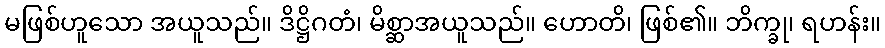
မဖြစ်ဟူသော အယူသည်။ ဒိဋ္ဌိဂတံ၊ မိစ္ဆာအယူသည်။ ဟောတိ၊ ဖြစ်၏။ ဘိက္ခု၊ ရဟန်း။